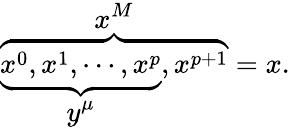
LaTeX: \overbrace{\underbrace{x^{0},x^{1},\cdots,x^{p}}_{\displaystyle{y^{\mu}}},x^{p+1}}^{\displaystyle{x^{M}}}=x.